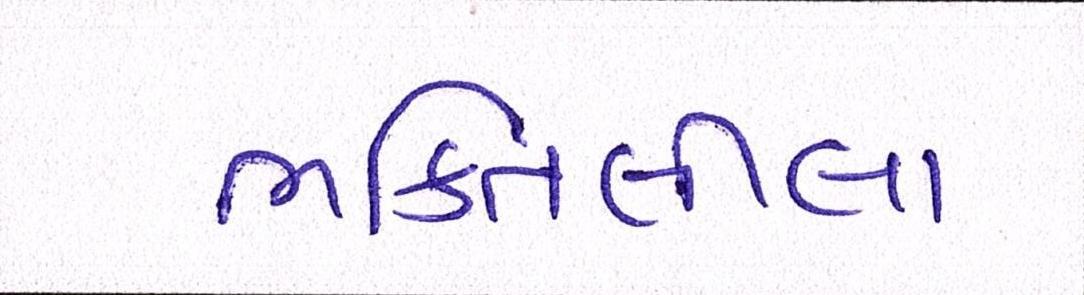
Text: ભક્તિલીલા